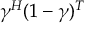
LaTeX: \gamma ^ { H } ( 1 - \gamma ) ^ { T }